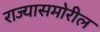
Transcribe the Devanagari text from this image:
राज्यासमोरील